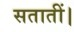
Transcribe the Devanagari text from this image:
सतातीं।